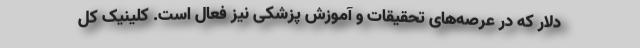
دلار که در عرصه‌های تحقیقات و آموزش پزشکی نیز فعال است. کلینیک کل